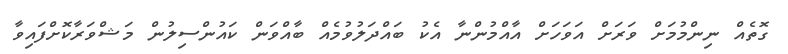
ގޮތެއް ނިންމުމަށް ވަރަށް އަވަހަށް އާއްމުންނާ އެކު ބައްދަލުވުމެއް ބާއްވަން ކައުންސިލުން މަޝްވަރާކޮށްފައިވާ